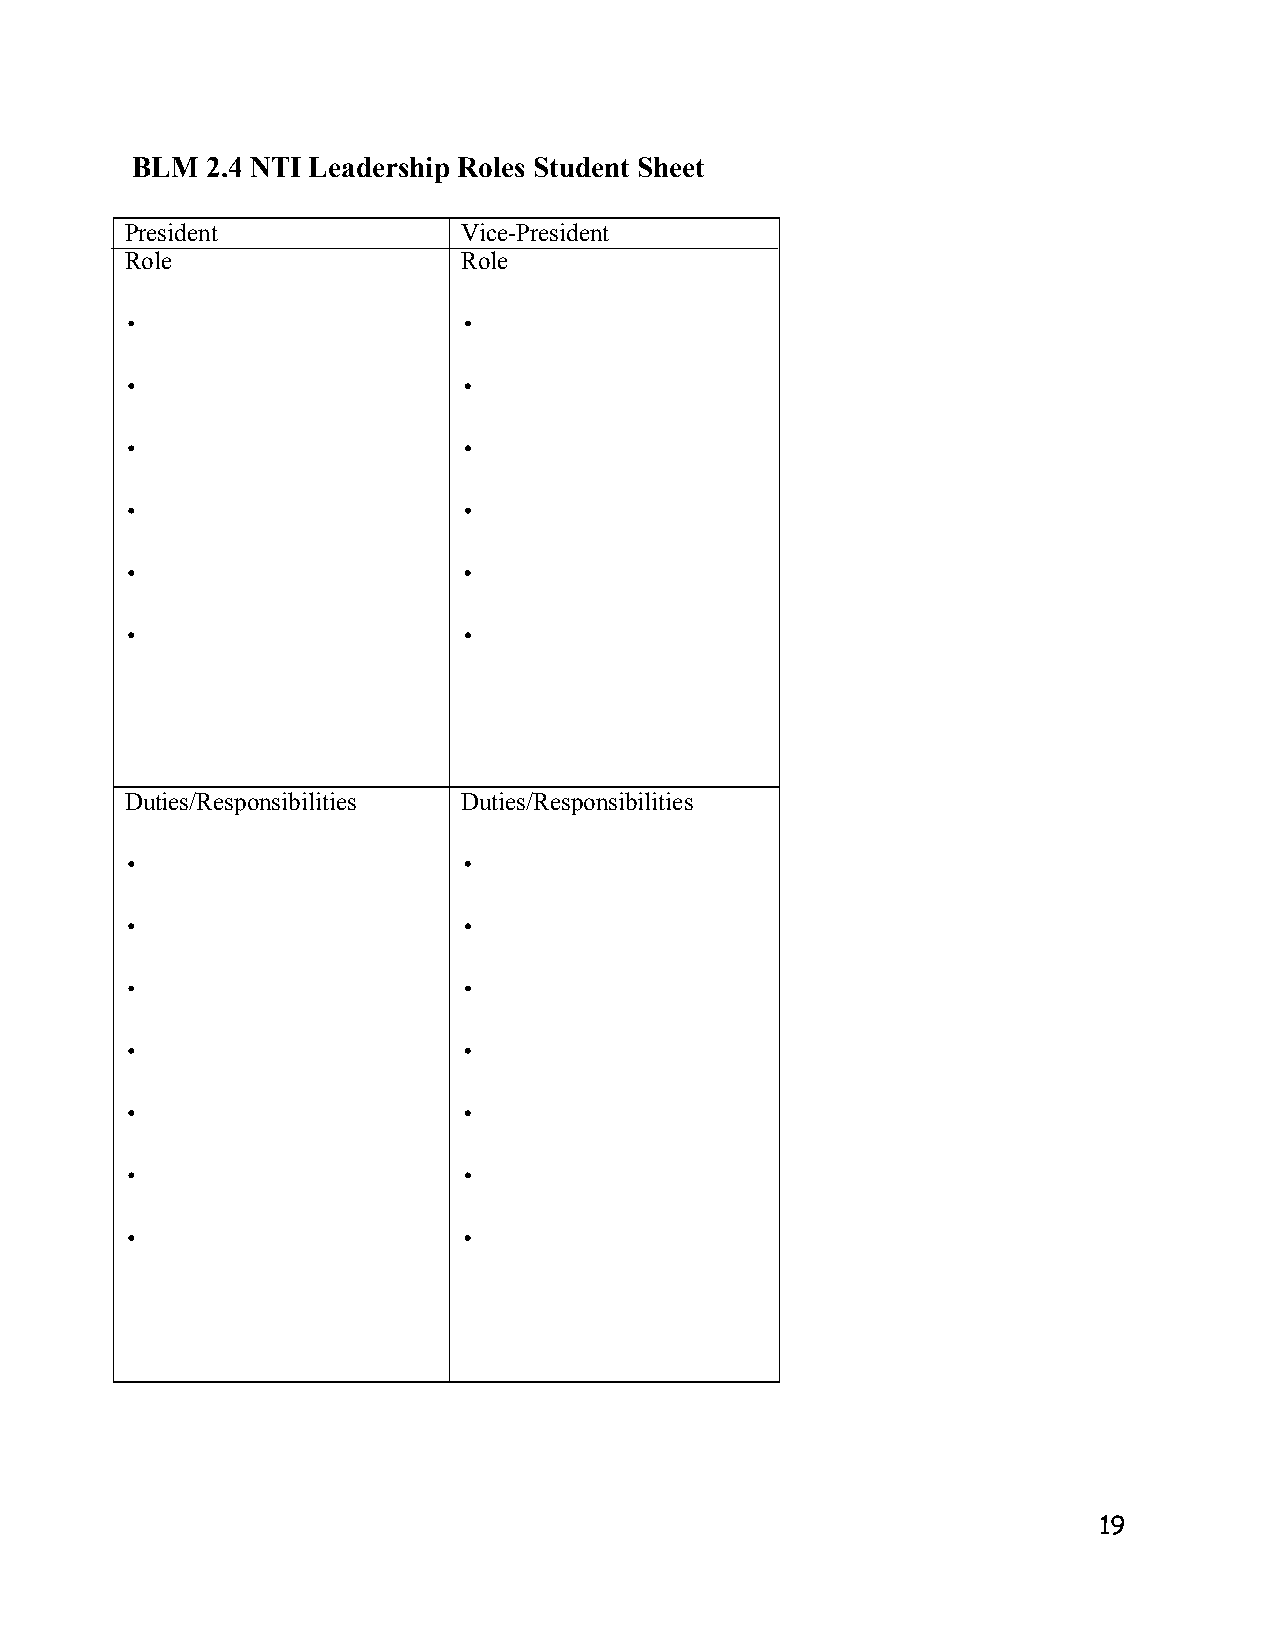
BLM  2.4 NTI Leadership Roles Student Sheet
 President              Vice-President
 Role                   Role
 .                      .
 .                      .
 .                      .
 .                      .
 .                      .
 .                      .
 Duties/Responsibilities Duties/Responsibilities
 .                      .
 .                      .
 .                      .
 .                      .
 .                      .
 .                      .
 .                      .
 19